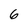
Character: 6